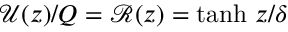
\mathcal { U } ( z ) / Q = \mathcal { R } ( z ) = \operatorname { t a n h } \, z / \delta